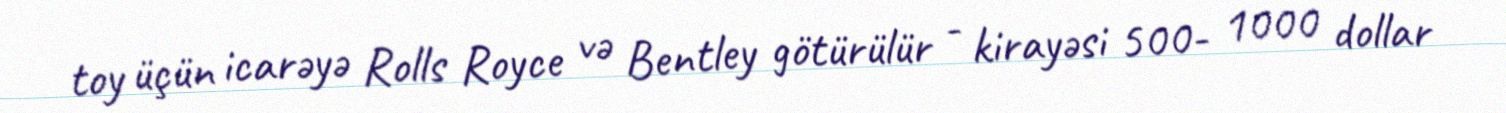
toy üçün icarəyə Rolls Royce və Bentley götürülür - kirayəsi 500- 1000 dollar